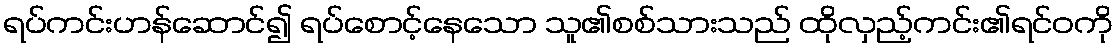
ရပ်ကင်းဟန်ဆောင်၍ ရပ်စောင့်နေသော သူ၏စစ်သားသည် ထိုလှည့်ကင်း၏ရင်ဝကို